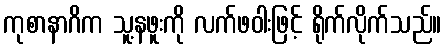
ကုစာနာဂိက သူ့နဖူးကို လက်ဖဝါးဖြင့် ရိုက်လိုက်သည်။